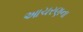
આચરણના